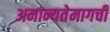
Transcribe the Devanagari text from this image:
अमान्यतेमागची